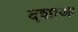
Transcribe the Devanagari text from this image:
दशाआ